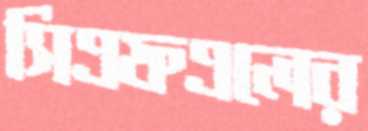
সিএফএলের